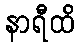
နာရီထိ